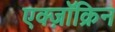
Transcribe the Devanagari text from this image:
एक्ज़ॉक्रिन